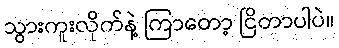
သွားကူးလိုက်နဲ့ ကြာတော့ ငြိတာပါပဲ။